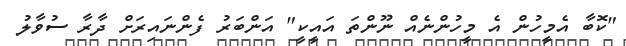
"ކޮބާ އެމީހުން އެ މީހުންނެއް ނޫންތަ އައީކީ" އަންބަރު ފެންނައިރަށް ދާރާ ސުވާލު